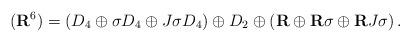
LaTeX: \begin{align*}(\mathbf R^6)=\left(D_4 \oplus \sigma D_4 \oplus J\sigma D_4 \right) \oplus D_2 \oplus \left(\mathbf R \oplus \mathbf R\sigma \oplus \mathbf RJ\sigma \right). \end{align*}